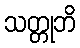
သတ္တုဘိ